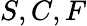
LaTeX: S,C,F